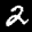
Label: 2